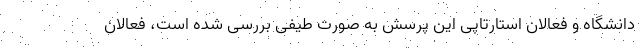
دانشگاه و فعالان استارتاپی این پرسش به صورت طیفی بررسی شده است، فعالان